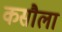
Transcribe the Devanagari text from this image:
कसौला